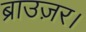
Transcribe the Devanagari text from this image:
ब्राउज़र।